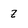
Character: z